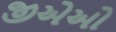
જીએઓ